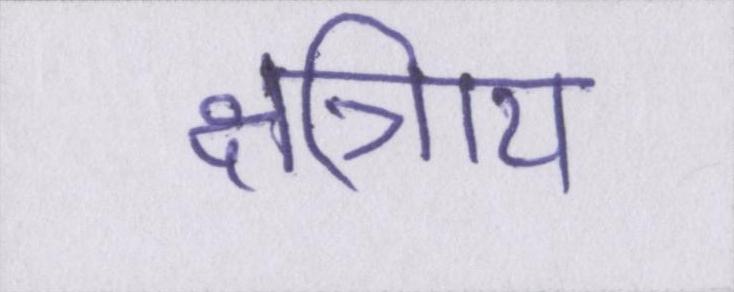
क्षत्रिाय